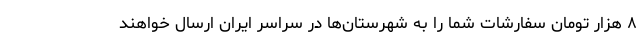
۸ هزار تومان سفارشات شما را به شهرستان‌ها در سراسر ایران ارسال خواهند